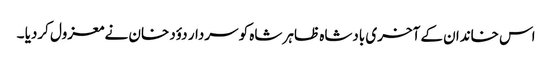
اس خاندان کے آخری بادشاہ ظاہر شاہ کو سردار دؤد خان نے معزول کردیا ۔